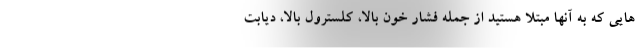
هایی که به آنها مبتلا هستید از جمله فشار خون بالا، کلسترول بالا، دیابت